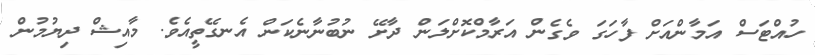
ހުއްޓަސް އަމާންއަށް ފާހަގަ ވެގެން އަރާމްކޮށްލަން ދާށޭ ނުބުނާނެކަން އެނގޭތީއެވެ. މާއިޝް ދިޔުމުން